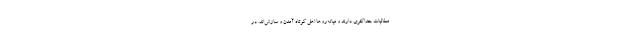
مطالبات حداکثری دارند و میانه‌روها اهل کوتاه آمدن و سازش‌اند. در